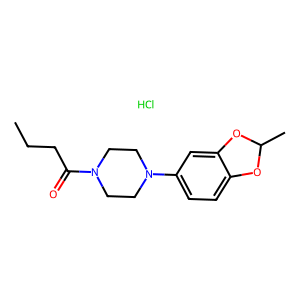
SMILES: CCCC(=O)N1CCN(c2ccc3c(c2)OC(C)O3)CC1.Cl
Inhibits HIV replication: No